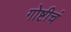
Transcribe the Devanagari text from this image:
गोष्टीचं